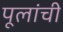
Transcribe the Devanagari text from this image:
पूलांची